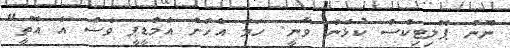
ނޫން ޕޮލިޓިކްސް ކުޅެން ވާނީ. ހަމަ އެހެން އެމްޑީޕީ ވެސް އެ އޮތީ"